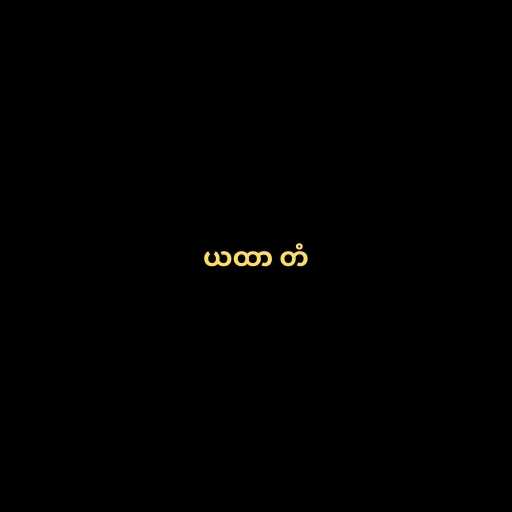
ယထာ တံ